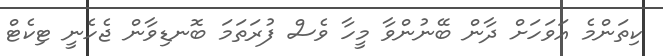
ކިތަންމެ އަވަހަށް ދާން ބޭނުންވާ މީހާ ވެސް ފުރަތަމަ ބޮނޑިވާން ޖެހެނީ ޓިކެޓް